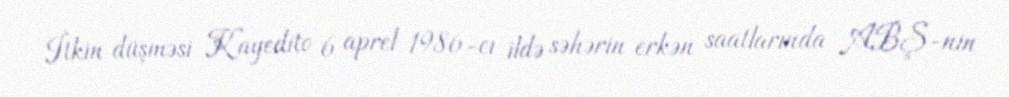
İtkin düşməsi Kayedito 6 aprel 1986-cı ildə səhərin erkən saatlarında ABŞ-nin